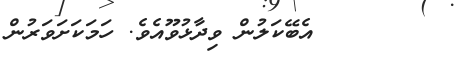
١٦       އެބޭކަލުން ވިދާޅުވޫއެވެ. ހަމަކަށަވަރުން